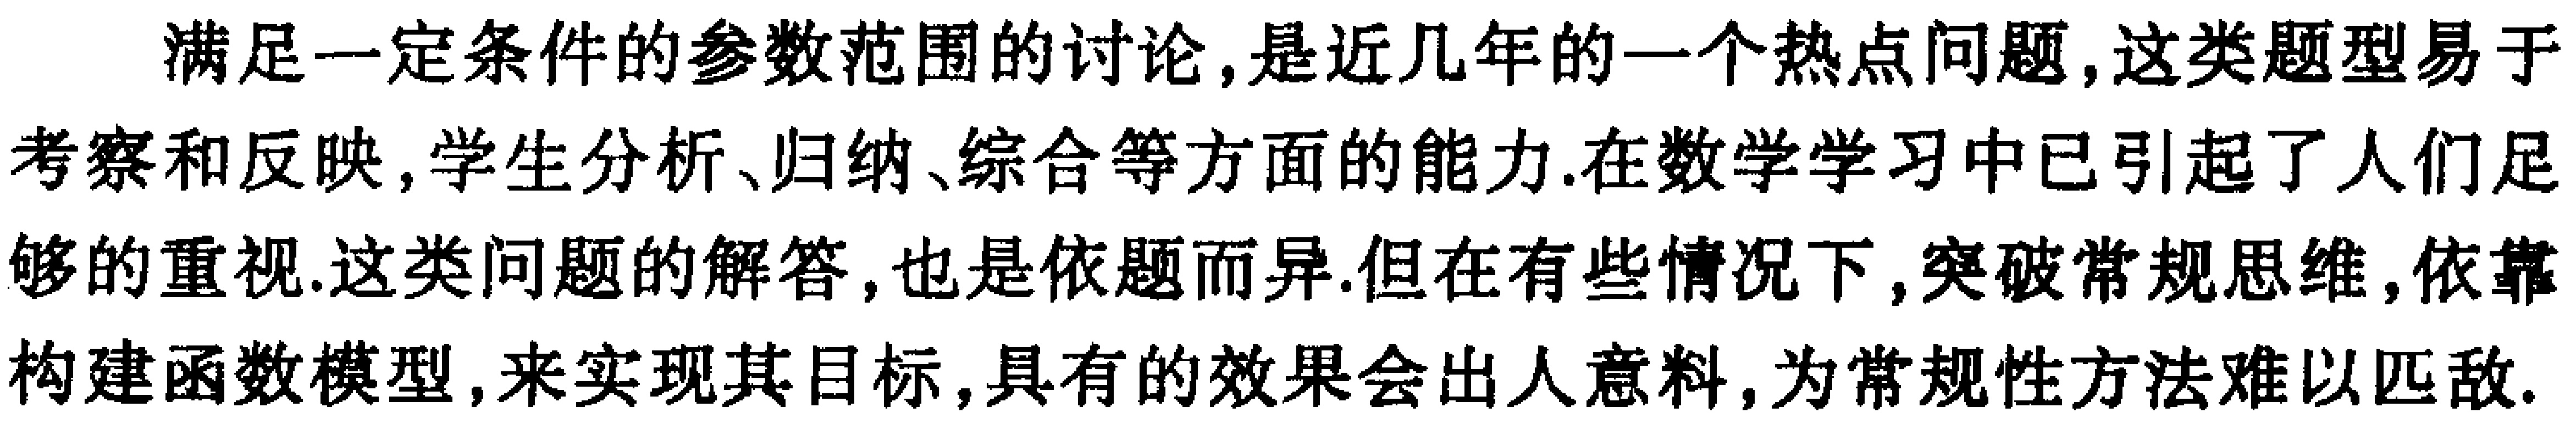
满足一定条件的参数范围的讨论,是近几年的一个热点问题,这类题型易于考察和反映,学生分析、归纳、综合等方面的能力.在数学学习中已引起了人们足够的重视.这类问题的解答,也是依题而异.但在有些情况下,突破常规思维,依靠构建函数模型,来实现其目标,具有的效果会出人意料,为常规性方法难以匹敌.